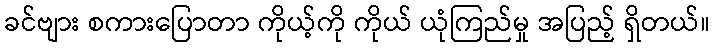
ခင်ဗျား စကားပြောတာ ကိုယ့်ကို ကိုယ် ယုံကြည်မှု အပြည့် ရှိတယ်။